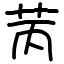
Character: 苪